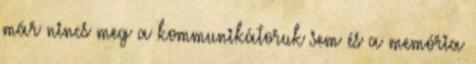
már nincs meg a kommunikátoruk sem és a memória